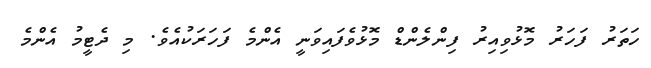
ހަތަރު ފަހަރު މޮޅުވިއިރު ފިންލެންޑް މޮޅުވެފައިވަނީ އެންމެ ފަހަރަކުއެވެ. މި ދެޓީމު އެންމެ